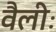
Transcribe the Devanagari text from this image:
वैलीः